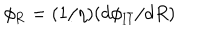
LaTeX: \phi _ { \mathrm { R } } = ( 1 / \eta ) ( d \phi _ { \mathrm { I \bar { I } } } / d R )